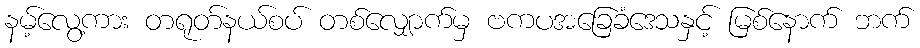
နမ့်လွေ့ကား တရုတ်နယ်စပ် တစ်လျှောက်မှ ဗကပအခြေခံဒေသနှင့် မြစ်နောက် ဘက်